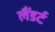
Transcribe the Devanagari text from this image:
लैंडर्ट